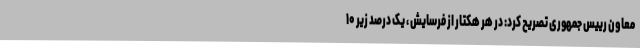
معاون رییس جمهوری تصریح کرد: در هر هکتار از فرسایش ، یک درصد زیر ۱۰